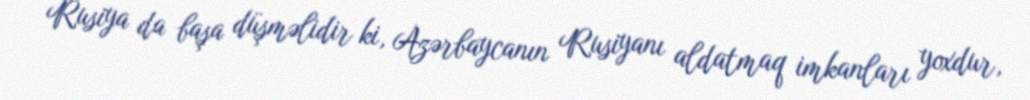
Rusiya da başa düşməlidir ki, Azərbaycanın Rusiyanı aldatmaq imkanları yoxdur,